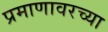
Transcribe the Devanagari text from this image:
प्रमाणावरच्या